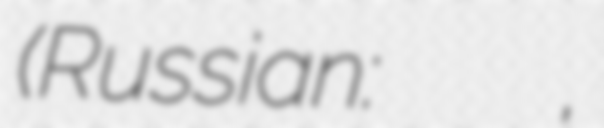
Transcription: (Russian: Георгий Тамазович Джикия,